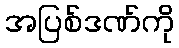
အပြစ်ဒဏ်ကို